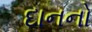
દાનનો